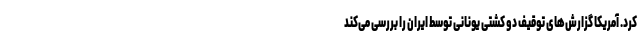
کرد. آمریکا گزارش‌های توقیف دو کشتی یونانی توسط ایران را بررسی می‌کند